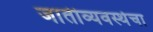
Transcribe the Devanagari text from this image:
जातीव्यवस्थेचा